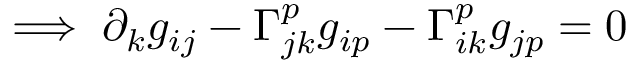
\implies \partial _ { k } g _ { i j } - \Gamma _ { j k } ^ { p } g _ { i p } - \Gamma _ { i k } ^ { p } g _ { j p } = 0